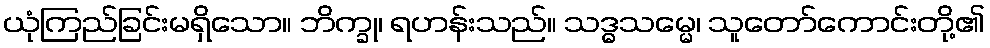
ယုံကြည်ခြင်းမရှိသော။ ဘိက္ခု၊ ရဟန်းသည်။ သဒ္ဓသမ္မေ၊ သူတော်ကောင်းတို့၏